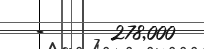
-      278